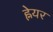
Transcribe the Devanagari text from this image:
ह्नेयर